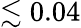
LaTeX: \lesssim 0.04